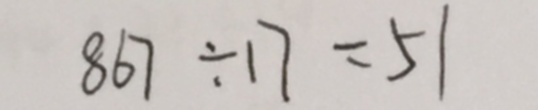
8 6 7 \div 1 7 = 5 1